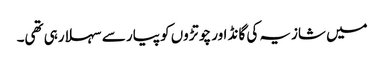
میں شازیہ کی گانڈ اور چوتڑوں کو پیار سے سہلا رہی تھی۔